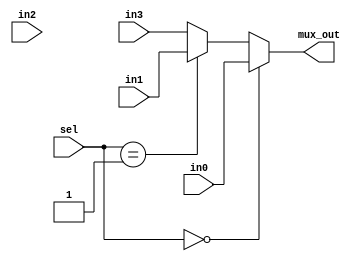
module MUX4#(
   parameter WIDTH = 32
)
(   input [1:0]sel,
    input [WIDTH-1:0] in0,in1,in2,in3,
    output reg[WIDTH-1:0] mux_out
);
always@*
begin
    if(sel==00)
	mux_out = in0;
    else if(sel==01)
	mux_out = in1;
    else if(sel==10)
	mux_out = in2;
    else 
	mux_out = in3;
end
endmodule